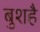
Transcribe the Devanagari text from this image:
बुशहै